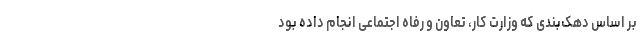
بر اساس دهک‌بندی که وزارت کار، تعاون و رفاه اجتماعی انجام داده بود